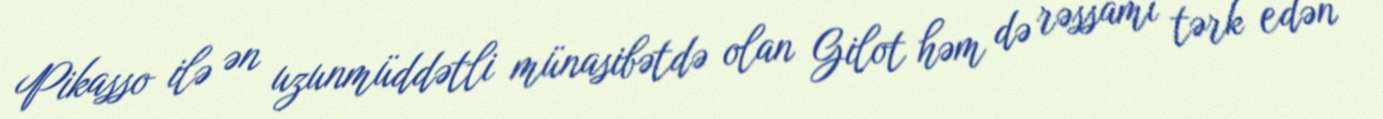
Pikasso ilə ən uzunmüddətli münasibətdə olan Gilot həm də rəssamı tərk edən